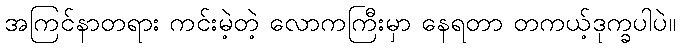
အကြင်နာတရား ကင်းမဲ့တဲ့ လောကကြီးမှာ နေရတာ တကယ့်ဒုက္ခပါပဲ။